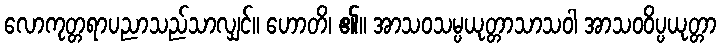
လောကုတ္တရာပညာသည်သာလျှင်။ ဟောတိ၊ ၏။ အာသဝသမ္ပယုတ္တာသာသဝါ အာသဝဝိပ္ပယုတ္တာ